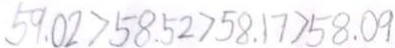
5 9 . 0 2 > 5 8 . 5 2 > 5 8 . 1 7 > 5 8 . 0 9